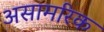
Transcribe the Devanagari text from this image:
असामरिक